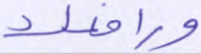
ورافعك